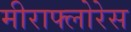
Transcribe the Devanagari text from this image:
मीराफ्लोरेस